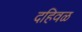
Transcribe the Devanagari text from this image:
दहिवळ